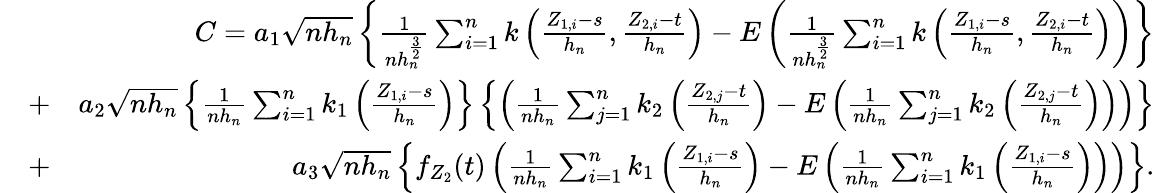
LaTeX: \begin{array}{rlr}&{}&{C=a_{1}\sqrt{nh_{n}}\left\{ \frac{1}{nh_{n}^{\frac{3}{2}}}\sum_{i=1}^{n}k\left(\frac{Z_{1,i}-s}{h_{n}},\frac{Z_{2,i}-t}{h_{n}}\right)-E\left(\frac{1}{nh_{n}^{\frac{3}{2}}}\sum_{i=1}^{n}k\left(\frac{Z_{1,i}-s}{h_{n}},\frac{Z_{2,i}-t}{h_{n}}\right)\right)\right\} }\\ &{+}&{a_{2}\sqrt{nh_{n}}\left\{ \frac{1}{nh_{n}}\sum_{i=1}^{n}k_{1}\left(\frac{Z_{1,i}-s}{h_{n}}\right)\right\} \left\{ \left(\frac{1}{nh_{n}}\sum_{j=1}^{n}k_{2}\left(\frac{Z_{2,j}-t}{h_{n}}\right)-E\left(\frac{1}{nh_{n}}\sum_{j=1}^{n}k_{2}\left(\frac{Z_{2,j}-t}{h_{n}}\right)\right)\right)\right\} }\\ &{+}&{a_{3}\sqrt{nh_{n}}\left\{ f_{Z_{2}}(t)\left(\frac{1}{nh_{n}}\sum_{i=1}^{n}k_{1}\left(\frac{Z_{1,i}-s}{h_{n}}\right)-E\left(\frac{1}{nh_{n}}\sum_{i=1}^{n}k_{1}\left(\frac{Z_{1,i}-s}{h_{n}}\right)\right)\right)\right\} .}\end{array}